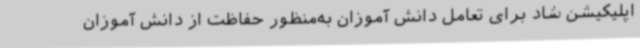
اپلیکیشن شاد برای تعامل دانش آموزان به‌منظور حفاظت از دانش آموزان